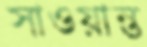
সাওয়ান্ত